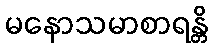
မနောသမာစာရန္တိ